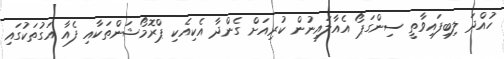
ހުއްދަ ލިބިފައިވާތީ ސިންގަޕޯ އެއާލައިނުން ކުރިއަށް ގެންދާ އެކިއެކި ޕްރޮމޯޝަންތަކާއި ފެއާ އަގުތަކުގައި